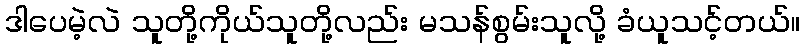
ဒါပေမဲ့လဲ သူတို့ကိုယ်သူတို့လည်း မသန်စွမ်းသူလို့ ခံယူသင့်တယ်။